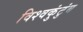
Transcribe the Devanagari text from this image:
विश्वकुंटुंब